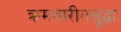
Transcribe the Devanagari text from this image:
क्रमवारीतसुद्धा